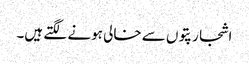
اشجار پتوں سے خالی ہونے لگتے ہیں۔